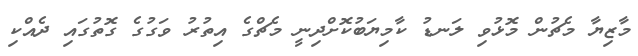
މާޒިޔާ މެޗުން މޮޅުވި ލަނޑު ކާމިޔަބުކޮށްދިނީ މެޗްގެ އިތުރު ވަގުގެ ގޮތުގައި ދެއްކި